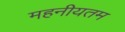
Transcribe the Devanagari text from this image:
महनीयतम